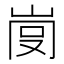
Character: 𡸍